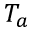
T _ { a }